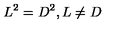
L ^ { 2 } = D ^ { 2 } , L \ne D